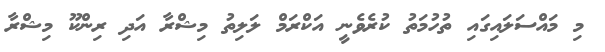
މި މައްސަލައިގައި ތުހުމަތު ކުރެވެނީ އަކްރަމް ލަލިތު މިޝްރާ އަދި ރިންކޫ މިޝްރާ